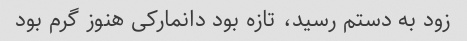
زود به دستم رسید، تازه بود دانمارکی هنوز گرم بود